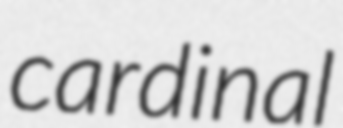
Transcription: cardinal